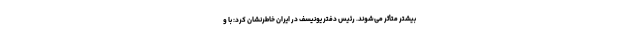
بیشتر متأثر می‌شوند. رئیس دفتر یونیسف در ایران خاطرنشان کرد: با و